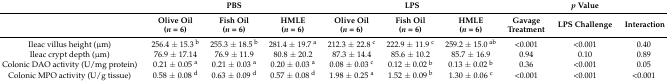
<table><thead><tr><td></td><td colspan="3"><b>PBS</b></td><td colspan="3"><b>LPS</b></td><td colspan="3"><b><i>p</i> Value</b></td></tr><tr><td></td><td><b>Olive Oil (<i>n</i> = 6)</b></td><td><b>Fish Oil (<i>n</i> = 6)</b></td><td><b>HMLE (<i>n</i> = 6)</b></td><td><b>Olive Oil (<i>n</i> = 6)</b></td><td><b>Fish Oil (<i>n</i> = 6)</b></td><td><b>HMLE (<i>n</i> = 6)</b></td><td><b>Gavage Treatment</b></td><td><b>LPS Challenge</b></td><td><b>Interaction</b></td></tr></thead><tbody><tr><td>Ileac villus height (μm)</td><td>256.4 ± 15.3 <sup>b</sup></td><td>255.3 ± 18.5 <sup>b</sup></td><td>281.4 ± 19.7 <sup>a</sup></td><td>212.3 ± 22.8 <sup>c</sup></td><td>222.9 ± 11.9 <sup>c</sup></td><td>259.2 ± 15.0 <sup>ab</sup></td><td>&lt;0.001</td><td>&lt;0.001</td><td>0.40</td></tr><tr><td>Ileac crypt depth (μm)</td><td>76.9 ± 17.14</td><td>76.9 ± 11.9</td><td>80.8 ± 20.2</td><td>87.3 ± 14.4</td><td>85.6 ± 10.2</td><td>85.7 ± 16.9</td><td>0.94</td><td>0.10</td><td>0.89</td></tr><tr><td>Colonic DAO activity (U/mg protein)</td><td>0.21 ± 0.05 <sup>a</sup></td><td>0.21 ± 0.03 <sup>a</sup></td><td>0.20 ± 0.03 <sup>a</sup></td><td>0.08 ± 0.03 <sup>c</sup></td><td>0.12 ± 0.02 <sup>b</sup></td><td>0.13 ± 0.02 <sup>b</sup></td><td>0.36</td><td>&lt;0.001</td><td>0.05</td></tr><tr><td>Colonic MPO activity (U/g tissue)</td><td>0.58 ± 0.08 <sup>d</sup></td><td>0.63 ± 0.09 <sup>d</sup></td><td>0.57 ± 0.08 <sup>d</sup></td><td>1.98 ± 0.25 <sup>a</sup></td><td>1.52 ± 0.09 <sup>b</sup></td><td>1.30 ± 0.06 <sup>c</sup></td><td>&lt;0.001</td><td>&lt;0.001</td><td>&lt;0.001</td></tr></tbody></table>